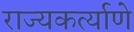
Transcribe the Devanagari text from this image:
राज्यकर्त्याणे